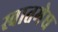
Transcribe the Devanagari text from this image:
स्वातमेघ